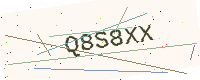
Text: Q8S8XX